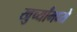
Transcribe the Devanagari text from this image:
खुर्च्यांमध्ये